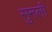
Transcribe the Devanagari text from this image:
सुनली